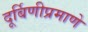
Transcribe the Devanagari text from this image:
दूर्बिणीप्रमाणे